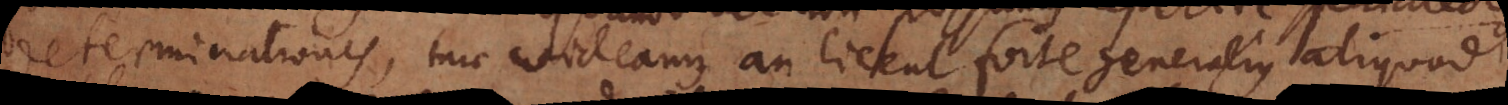
determinationes, tunc videamus an liceat forte generalius aliquod